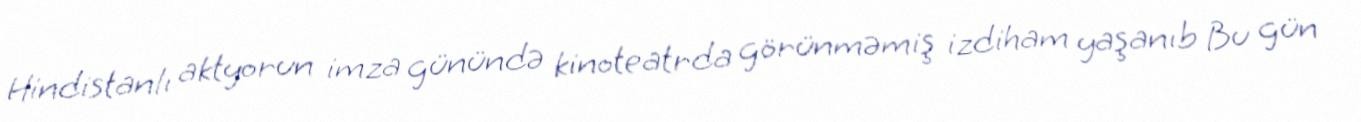
Hindistanlı aktyorun imza günündə kinoteatrda görünməmiş izdiham yaşanıb Bu gün